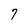
Character: 7